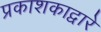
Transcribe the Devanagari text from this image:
प्रकाशकाद्वारे